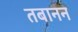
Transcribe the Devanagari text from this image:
तबानन